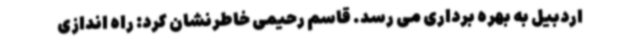
اردبیل به بهره برداری می رسد. قاسم رحیمی خاطرنشان کرد: راه اندازی